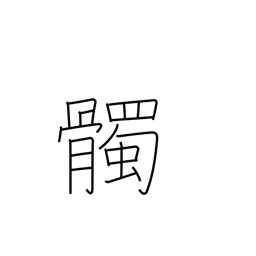
Meaning: skull